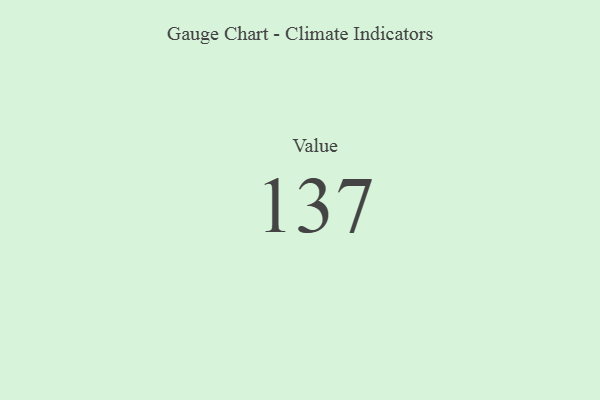
{"axis": {"x": "Metric", "y": "Value"}, "legend": [""], "data": [{"x": "Value", "y": 137, "type": ""}]}